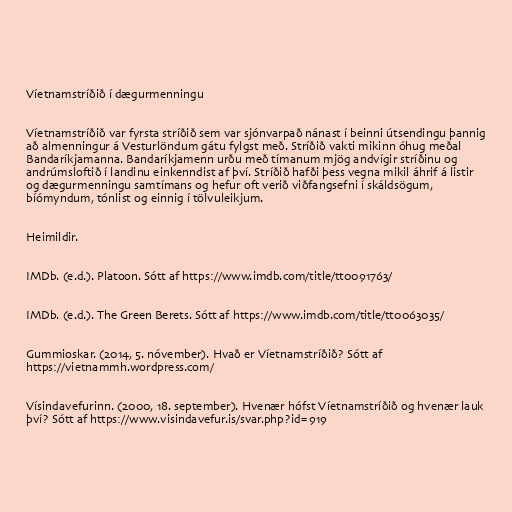
Víetnamstríðið í dægurmenningu

Víetnamstríðið var fyrsta stríðið sem var sjónvarpað nánast í beinni útsendingu þannig
að almenningur á Vesturlöndum gátu fylgst með. Stríðið vakti mikinn óhug meðal
Bandaríkjamanna. Bandaríkjamenn urðu með tímanum mjög andvígir stríðinu og
andrúmsloftið í landinu einkenndist af því. Stríðið hafði þess vegna mikil áhrif á listir
og dægurmenningu samtímans og hefur oft verið viðfangsefni í skáldsögum,
bíómyndum, tónlist og einnig í tölvuleikjum.

Heimildir.

IMDb. (e.d.). Platoon. Sótt af https://www.imdb.com/title/tt0091763/

IMDb. (e.d.). The Green Berets. Sótt af https://www.imdb.com/title/tt0063035/

Gummioskar. (2014, 5. nóvember). Hvað er Víetnamstríðið? Sótt af
https://vietnammh.wordpress.com/

Vísindavefurinn. (2000, 18. september). Hvenær hófst Víetnamstríðið og hvenær lauk
því? Sótt af https://www.visindavefur.is/svar.php?id=919